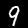
Digit: 9